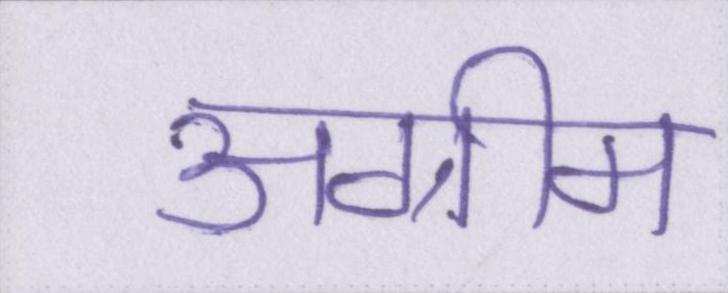
अग्रीम